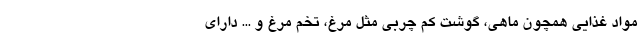
مواد غذایی همچون ماهی، گوشت کم چربی مثل مرغ، تخم مرغ و ... دارای